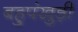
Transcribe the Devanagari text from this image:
बहुपंखुड़ी